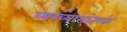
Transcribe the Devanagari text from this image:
व्यख्यानात्मक